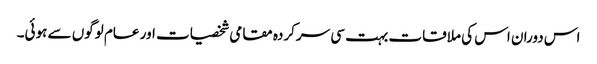
اس دوران اس کی ملاقات بہت سی سرکردہ مقامی شخصیات اور عام لوگوں سے ہوئی۔